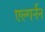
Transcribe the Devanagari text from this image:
एल्गर्नन